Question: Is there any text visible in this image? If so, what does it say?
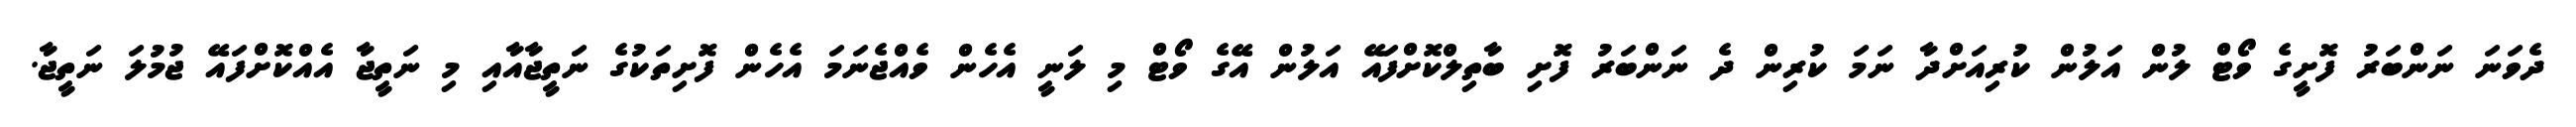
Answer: ދެވަނަ ނަންބަރު ފޮށީގެ ވޯޓް ލުން އަލުން ކުރިއަށްދާ ނަމަ ކުރިން ދެ ނަންބަރު ފޮށި ބާތިލްކޮށްފައޭ އަލުން އޭގެ ވޯޓް މި ލަނީ އެހެން ވެއްޖެނަމަ އެހެން ފޮށިތަކުގެ ނަތީޖާއާއި މި ނަތީޖާ އެއްކޮށްފައޭ ޖުމުލަ ނަތީޖާ.